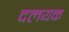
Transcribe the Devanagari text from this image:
दलयक